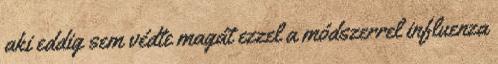
aki eddig sem védte magát ezzel a módszerrel influenza